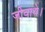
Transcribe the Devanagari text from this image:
जीवाथे।